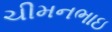
ચીમનભાઇ